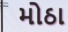
મોઠા